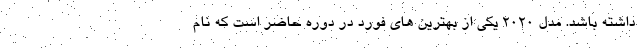
داشته باشد. مدل 2020 یکی از بهترین های فورد در دوره حاضر است که نام